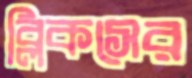
ব্লিকসের